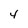
Character: 4